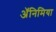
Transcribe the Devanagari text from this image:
अॅनिमिया